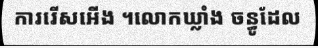
ការរើសអើង ។លោកឃ្លាំង ចន្ធូដែល